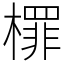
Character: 檌